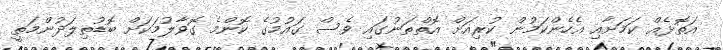
އަތޮޅެއް ކަމަށާއި އެހެންކަމުން ކުރިއަށް އޮތްތަނުގައި ވެސް ގައުމުގެ ކޮންމެ ގޮވާލުމަކަށް ބޮޑުތިލަދުންމަތީ